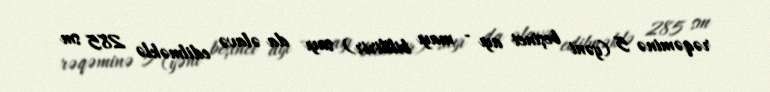
rəqəminə 5 (yəni beşinci ayı - mayı bildirir) sayı da əlavə edilməklə 285 sm